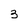
Character: 3